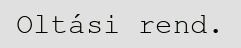
Oltási rend.